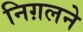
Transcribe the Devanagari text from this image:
निग़लने